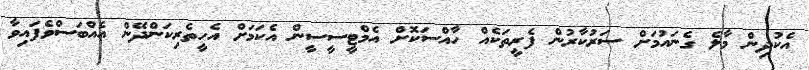
އެކުދިން މާލެ ގެނައުމަށް ސަރުކާރުން ފެރީތަކެއް ހާއްސަކޮށް އެމްޓީސީސީން އެކަމަށް އެހީތެރިކަންދޭން އެއްބަސްވެފައިވާ